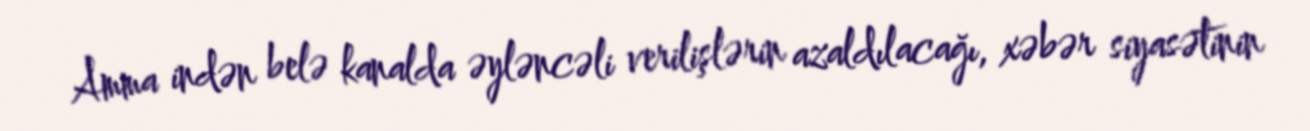
Amma indən belə kanalda əyləncəli verilişlərin azaldılacağı, xəbər siyasətinin